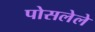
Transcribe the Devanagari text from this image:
पोसलेले